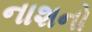
નાશનો